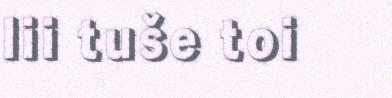
lii tuše toi